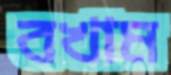
বখাম